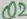
Text: Q2